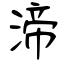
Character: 渧